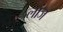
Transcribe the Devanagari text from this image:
लांज